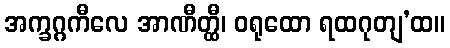
အက္ခဂ္ဂကီလေ အာဏီတ္ထီ၊ ဝရုထော ရထဂုတျ’ထ။